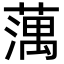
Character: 蕅